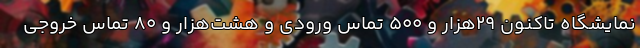
نمایشگاه تاکنون ۲۹هزار و ۵۰۰ تماس ورودی و هشت‌هزار و ۸۰ تماس خروجی